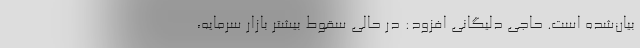
بیان‌شده است. حاجی دلیگانی افزود: در حالی سقوط بیشتر بازار سرمایه،